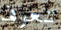
تعرف